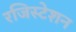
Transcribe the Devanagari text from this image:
रजिस्टेशन